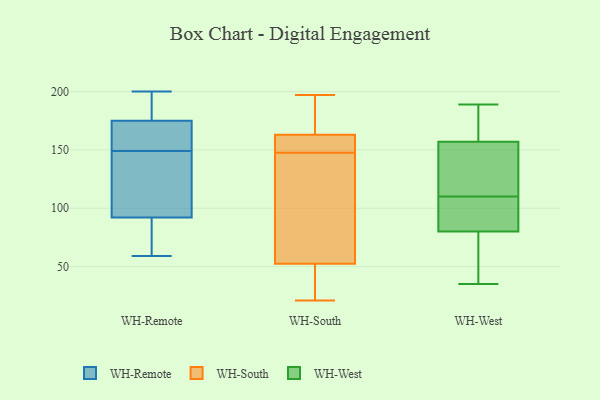
{"axis": {"x": "Shipments", "y": "Value"}, "legend": ["WH-Remote", "WH-South", "WH-West"], "data": [{"x": "", "y": 76, "type": "WH-Remote"}, {"x": "", "y": 70, "type": "WH-Remote"}, {"x": "", "y": 161, "type": "WH-Remote"}, {"x": "", "y": 59, "type": "WH-Remote"}, {"x": "", "y": 99, "type": "WH-Remote"}, {"x": "", "y": 192, "type": "WH-Remote"}, {"x": "", "y": 174, "type": "WH-Remote"}, {"x": "", "y": 144, "type": "WH-Remote"}, {"x": "", "y": 197, "type": "WH-Remote"}, {"x": "", "y": 94, "type": "WH-Remote"}, {"x": "", "y": 154, "type": "WH-Remote"}, {"x": "", "y": 116, "type": "WH-Remote"}, {"x": "", "y": 90, "type": "WH-Remote"}, {"x": "", "y": 176, "type": "WH-Remote"}, {"x": "", "y": 200, "type": "WH-Remote"}, {"x": "", "y": 163, "type": "WH-Remote"}, {"x": "", "y": 148, "type": "WH-South"}, {"x": "", "y": 147, "type": "WH-South"}, {"x": "", "y": 158, "type": "WH-South"}, {"x": "", "y": 168, "type": "WH-South"}, {"x": "", "y": 197, "type": "WH-South"}, {"x": "", "y": 186, "type": "WH-South"}, {"x": "", "y": 153, "type": "WH-South"}, {"x": "", "y": 34, "type": "WH-South"}, {"x": "", "y": 110, "type": "WH-South"}, {"x": "", "y": 59, "type": "WH-South"}, {"x": "", "y": 21, "type": "WH-South"}, {"x": "", "y": 46, "type": "WH-South"}, {"x": "", "y": 169, "type": "WH-West"}, {"x": "", "y": 149, "type": "WH-West"}, {"x": "", "y": 121, "type": "WH-West"}, {"x": "", "y": 189, "type": "WH-West"}, {"x": "", "y": 35, "type": "WH-West"}, {"x": "", "y": 165, "type": "WH-West"}, {"x": "", "y": 51, "type": "WH-West"}, {"x": "", "y": 84, "type": "WH-West"}, {"x": "", "y": 76, "type": "WH-West"}, {"x": "", "y": 97, "type": "WH-West"}, {"x": "", "y": 99, "type": "WH-West"}, {"x": "", "y": 133, "type": "WH-West"}]}